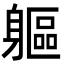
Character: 軀